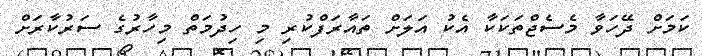
ކަމަށް ދޭހަވާ މެސެޖްތަކަކާ އެކު އަލަށް ތައާރަފްކުރި މި ހިދުމަތް މިހާރުގެ ސަރުކާރަށް